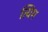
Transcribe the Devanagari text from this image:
त्यिम